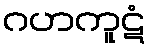
ဂဟကူဋံ